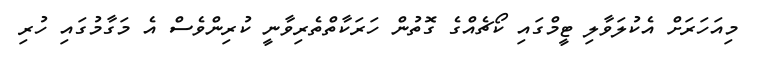
މިއަހަރަށް އެކުލަވާލި ޓީމްގައި ކޯޗެއްގެ ގޮތުން ހަރަކާތްތެރިވާނީ ކުރިންވެސް އެ މަގާމުގައި ހުރި